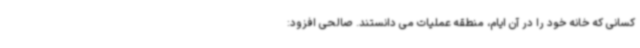
کسانی که خانه خود را در آن ایام، منطقه عملیات می دانستند. صالحی افزود: